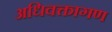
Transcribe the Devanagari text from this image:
अधिवक्तागण